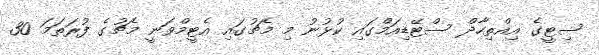
ސިޓީގެ އިއްތިހާދް ސްޓޭޑިއަމްގައި ކުޅުނު މި މެޗުގައި އެޓީމްވަނީ މެޗުގެ ފުރަތަމަ 30